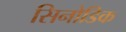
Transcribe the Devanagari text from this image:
सिनोडिक